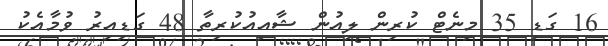
16 ގަޑި 35 މިނެޓް ކުރިން ލިއުން ޝާއިއުކުރިތާ 48 ގަޑިއިރު ވުމާއެކު